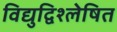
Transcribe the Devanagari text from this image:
विद्युद्विश्लेषित